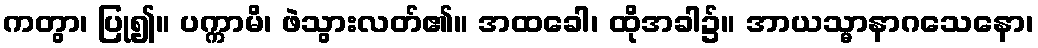
ကတွာ၊ ပြု၍။ ပက္ကာမိ၊ ဖဲသွားလတ်၏။ အထခေါ၊ ထိုအခါ၌။ အာယသ္မာနာဂသေနော၊